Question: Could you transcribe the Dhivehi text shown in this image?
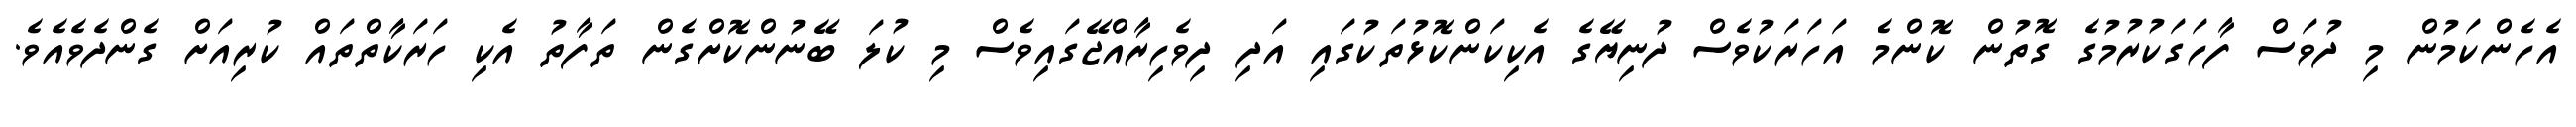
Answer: އެހެންކަމުން މި ދުވަސް ފާހަގަކުރުމުގެ ގޮތުން ކޮންމެ އަހަރަކުވެސް ދުނިޔޭގެ އެކިކަންކޮޅުތަކުގައި އަދި ދިވެހިރާއްޖޭގައިވެސް މި ކުލަ ބޭނުންކޮށްގެން ތަފާތު އެކި ހަރަކާތްތައް ކުރިއަށް ގެންދެވެއެވެ.